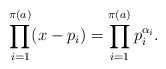
\begin{align*} \prod_{i = 1}^{\pi(a)} (x - p_i) = \prod_{i = 1}^{\pi(a)}p_i^{\alpha_i}. \end{align*}